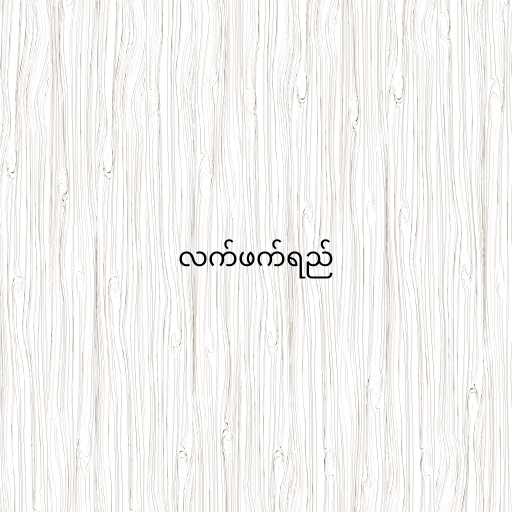
လက်ဖက်ရည်